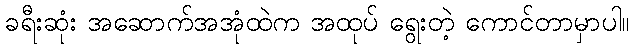
ခရီးဆုံး အဆောက်အအုံထဲက အထုပ် ရွေးတဲ့ ကောင်တာမှာပါ။